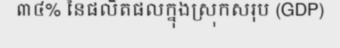
៣៤% នៃផលិតផលក្នុងស្រុកសរុប (GDP)